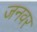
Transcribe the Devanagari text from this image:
जनवर